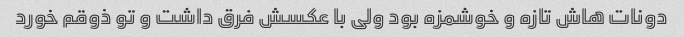
دونات هاش تازه و خوشمزه بود ولی با عکسش فرق داشت و تو ذوقم خورد